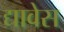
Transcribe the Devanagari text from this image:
द्यावेस